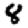
Digit: 8